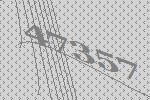
47357